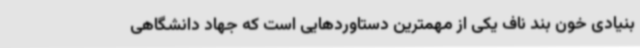
بنیادی خون بند ناف یکی از مهمترین دستاوردهایی است که جهاد دانشگاهی